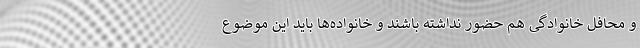
و محافل خانوادگی هم حضور نداشته باشند و خانواده‌ها باید این موضوع